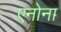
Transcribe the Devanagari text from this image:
एनोना